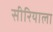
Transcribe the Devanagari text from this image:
सीरियाला